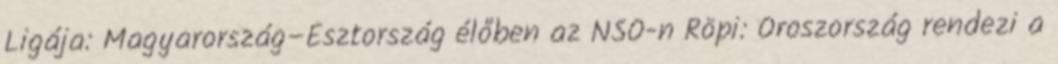
Ligája: Magyarország–Észtország élőben az NSO-n Röpi: Oroszország rendezi a